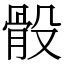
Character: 骰